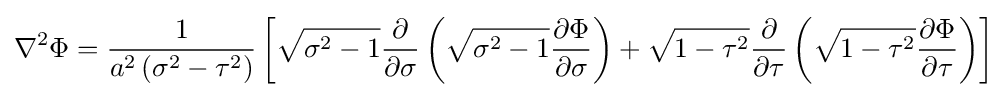
\nabla ^{2}\Phi ={\frac {1}{a^{2}\left(\sigma ^{2}-\tau ^{2}\right)}}\left[{\sqrt {\sigma ^{2}-1}}{\frac {\partial }{\partial \sigma }}\left({\sqrt {\sigma ^{2}-1}}{\frac {\partial \Phi }{\partial \sigma }}\right)+{\sqrt {1-\tau ^{2}}}{\frac {\partial }{\partial \tau }}\left({\sqrt {1-\tau ^{2}}}{\frac {\partial \Phi }{\partial \tau }}\right)\right]